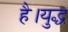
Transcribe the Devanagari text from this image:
है।युद्ध